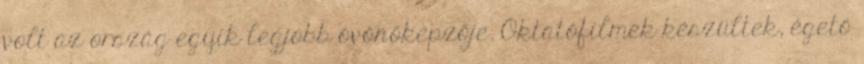
volt az ország egyik legjobb óvónőképzője. Oktatófilmek készültek, égető